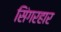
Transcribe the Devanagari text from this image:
सिंगरहार